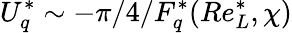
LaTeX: U_{q}^{*}\sim-\pi/4/F_{q}^{*}(Re_{L}^{*},\chi)